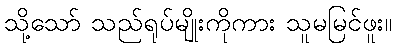
သို့သော် သည်ရုပ်မျိုးကိုကား သူမမြင်ဖူး။